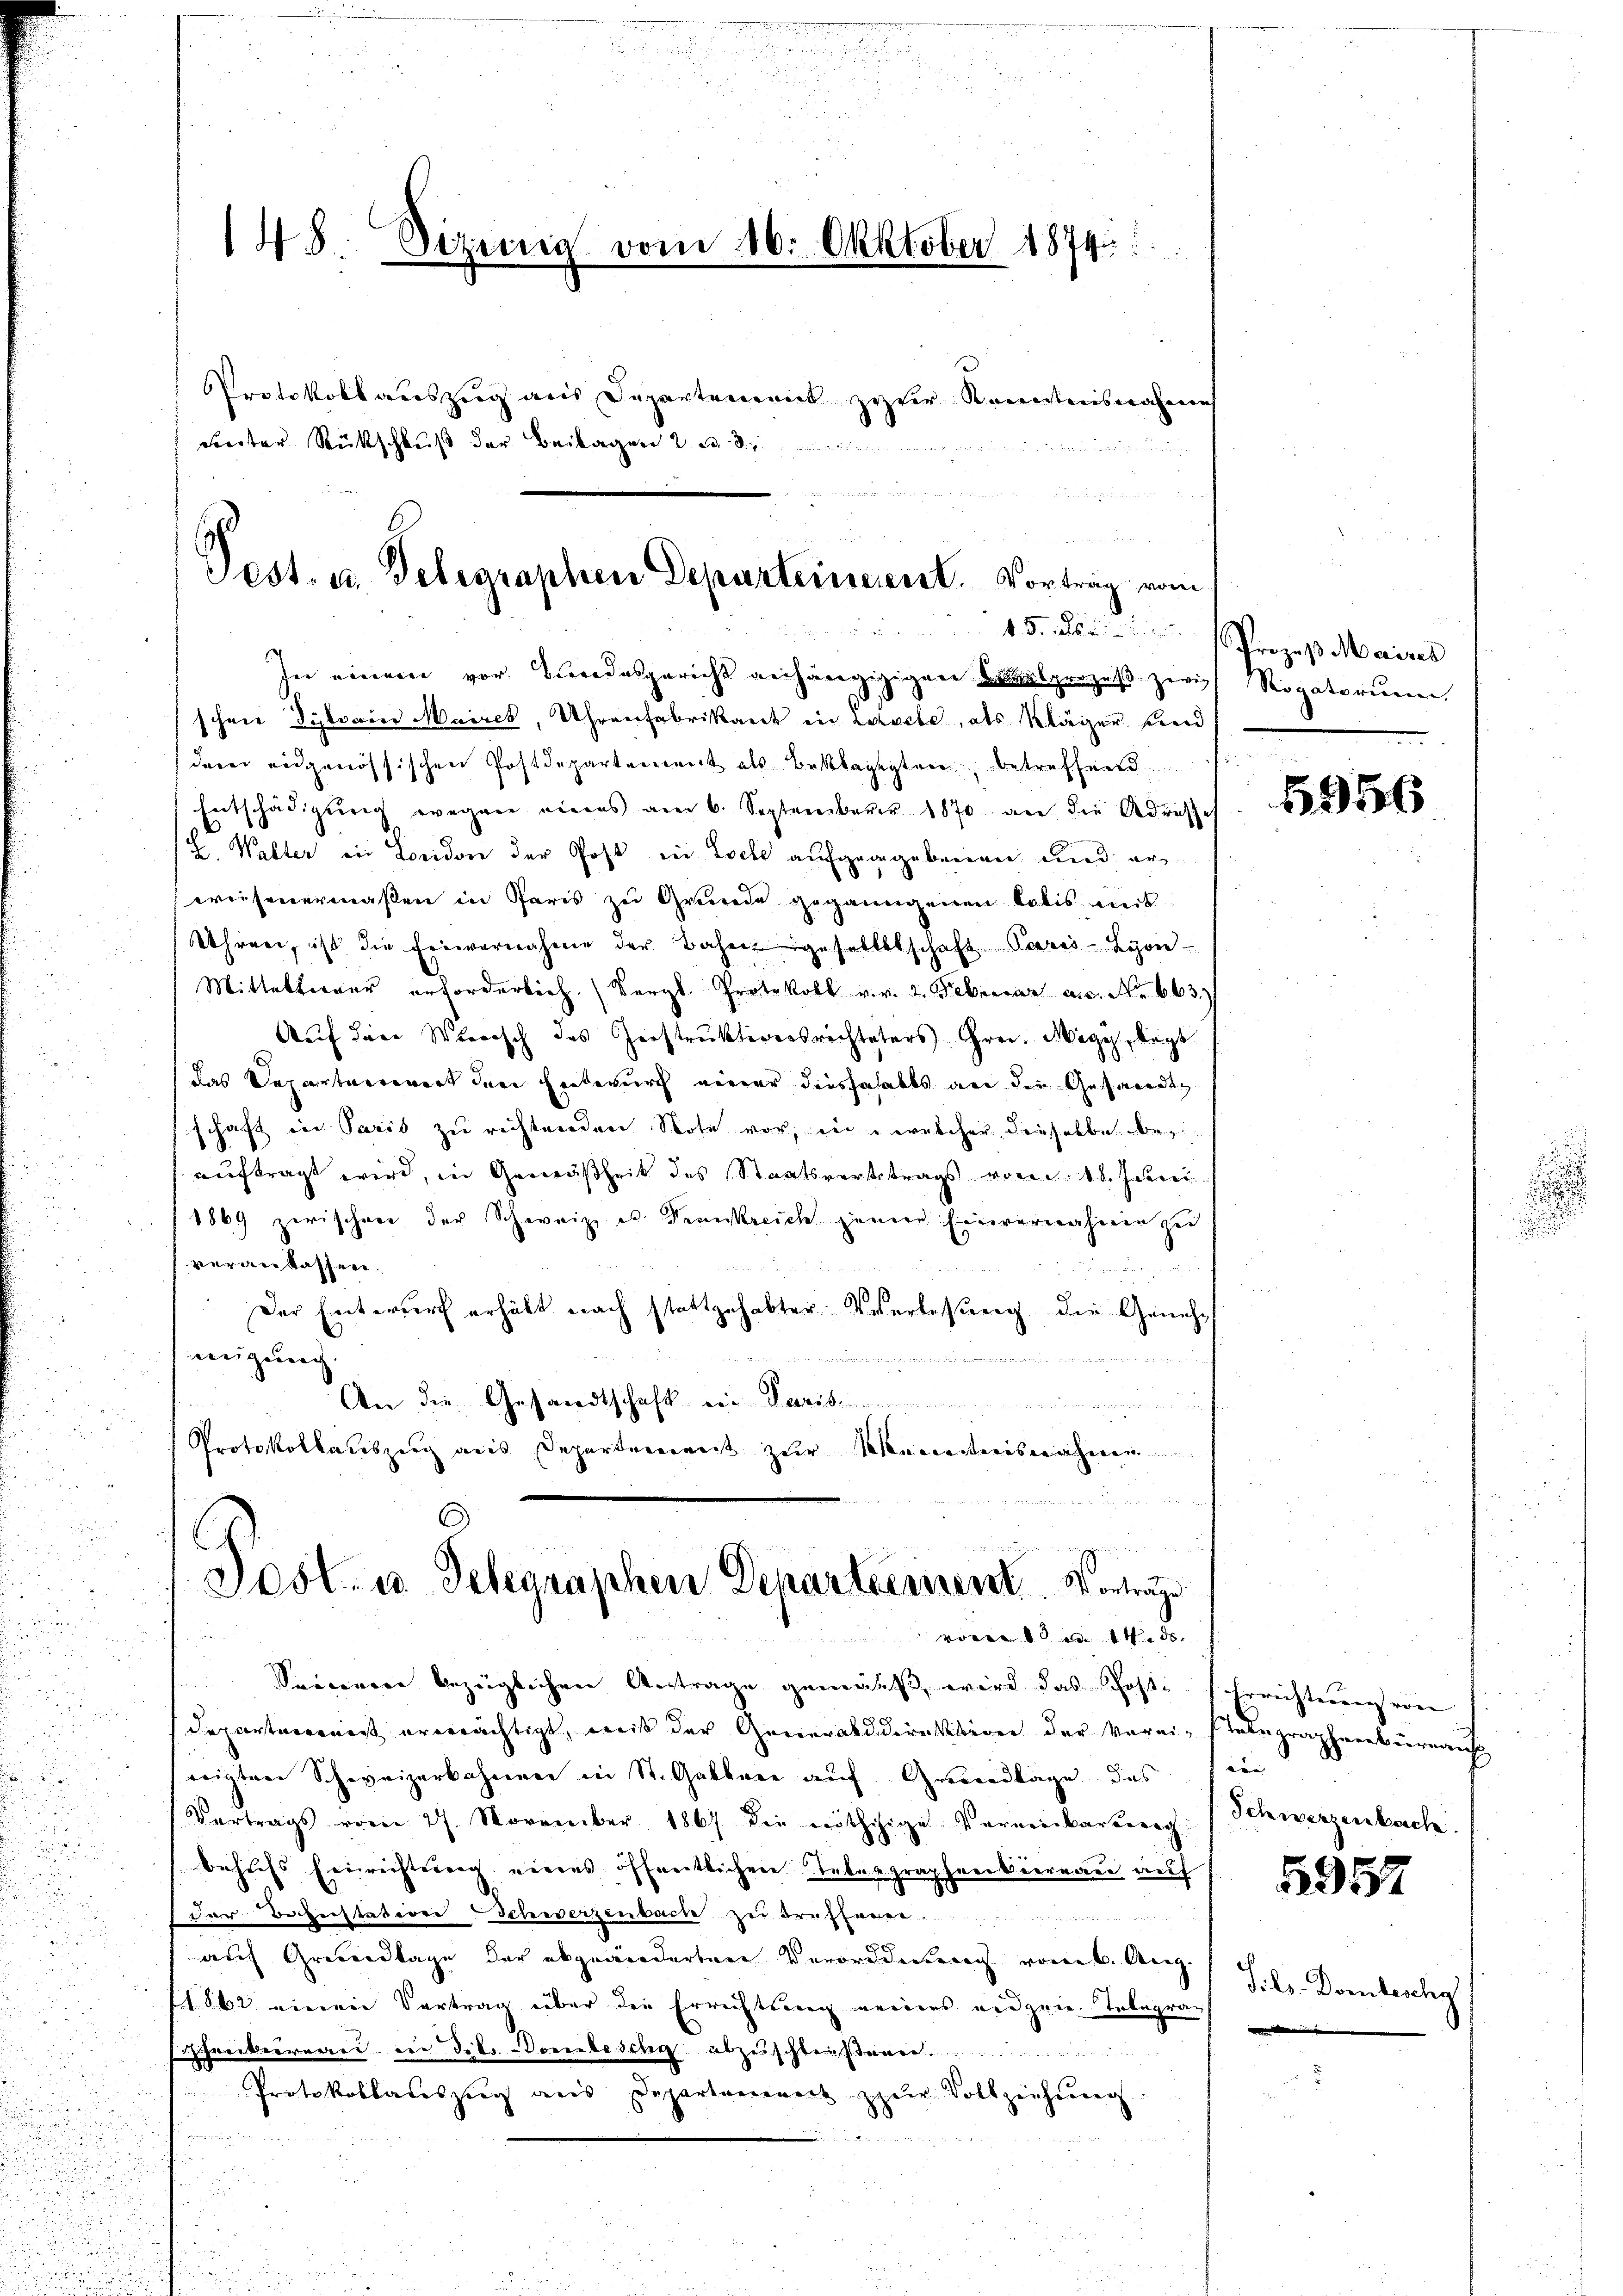
148. Sizinnig vom 16. Oktober 1874.
Protokollauszug aus Departement zur Rentensnahme
Freiter Rückschluß der Beilagen 2. B. den
n

a
Pest. u. Gelegraphen Departeinerent. Vortrag vom
 erin den
In einem vor Bundesgericht anhängigigen Saalprozeß zwis Rogatorinnen.

schen Sylvain Maires, Uhrenfabrikant in Lisele, als Kläger und
dem eidgenössischen Postdepartement als Beklagegen, betreffend
Entschädigung wegen eines am 6. September 1870 an die Adresses
Z. Walter in Leiden der Post in Loche aufgegebenen und erweisenermaßen in Paris zu Grunde geganngenen Cobis mit
Uhren, ist die Einvernahme der Bahngesellschaft Paris - Leon
Mittelterer erforderlich (Vergl. Protokoll v. v. 2. Februar a.c. No 663
Auf den Werisch des Zerstruktiversrechteters Grei. Magis, legt
das Departement der Entwurf einer diesfalls an den Gesandte
schaft in Paris zu rechtenden Note vor, eine welcher dieselbe bez
auftrag wird, in Gemäßheit des Staatsvertetrags von 18. Juni
1869 zwischen der Schweiz u. Frankreich seiner Einvernahmen zu
veranlassen.
Der Entwurf erhält nach stattgehabter Verlesung die Genehweigung
 200 als
An die Gesandtschaft ein Seite
Protokollauszug aus Departement zur Manierteiisnahmen

G
i
Jost u. Telegraphen Departement. Vortrage
n
vom 10 an 14. ds.
Seiner bezüglichen Antrage gemäss, wird das Poste Errichterung von
Departarconst unverächtigt, weiß der Generall direktiven der Vereinstelegraphenbureaus
sieigten Schweizerbahnen in St. Gabbare auf Grundlage das sein
Vertrags vom 27. November 1867 die nöthige Vereinbarterig
behufs Einrechtweg eines öffentlichen Leben graphreibiernau auf
der Beherstation Schwerzenbache zu trefferen.
auf Gresvertage der abgeänderten Verorddeutung vom 6. Aug.
11862 einen Vertrag über die Errichtung eines eidgen. Telegra¬
Schreibureau in Dik. Vorbesche abzuschleit
Protokollariszug aus Departanenart zŭr Vollziehŭng.
t
d

Prozess Maires

5956

Schwerzenbach.

5957

Tils-Dombeschy